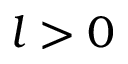
l > 0